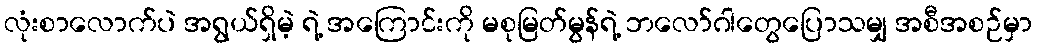
လုံးစာလောက်ပဲ အရွယ်ရှိမဲ့ ရဲ့ အကြောင်းကို မစုမြတ်မွန်ရဲ့ ဘလော်ဂါတွေပြောသမျှ အစီအစဉ်မှာ